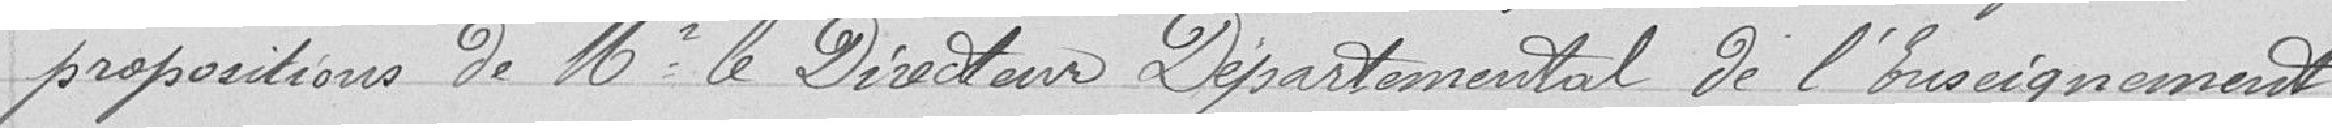
proposition de MR le Directeur Départemental de l'Enseignement